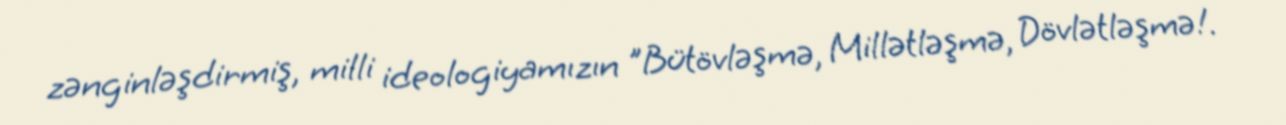
zənginləşdirmiş, milli ideologiyamızın "Bütövləşmə, Millətləşmə, Dövlətləşmə!.